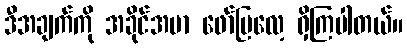
ဒီအချက်ကို အခိုင်အမာ ဖော်ပြလေ့ ရှိကြပါတယ်။